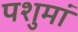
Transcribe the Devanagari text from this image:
पशुमां